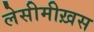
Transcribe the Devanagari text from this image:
लेसीमीख़स